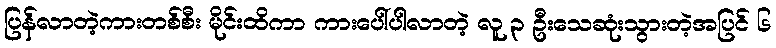
ပြန်လာတဲ့ကားတစ်စီး မိုင်းထိကာ ကားပေါ်ပါလာတဲ့ လူ ၃ ဦးသေဆုံးသွားတဲ့အပြင် ၆